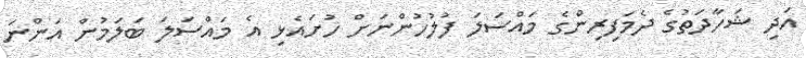
އަދި ޝަހާދަތުގެ ދެމަފިރިންގެ މައްސަލަ ފުލުހުންނަށް ހުށައެޅި އެ މައްސަލަ ބަލަމުން އަންނަ